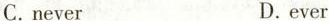
C.never D.ever